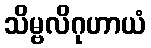
သိမ္ဗလိဂုဟာယံ